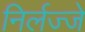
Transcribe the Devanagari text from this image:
निर्लज्जे